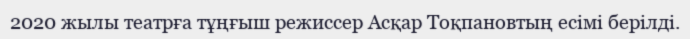
2020 жылы театрға тұңғыш режиссер Асқар Тоқпановтың есімі берілді.